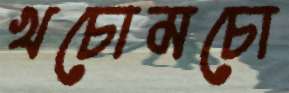
খচোমচো